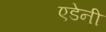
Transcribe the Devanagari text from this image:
एडेनी